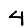
Digit: 4